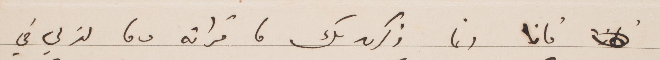
فانا انما ذكرت لك ما قراته وما لذ لي في